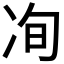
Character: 𰃽